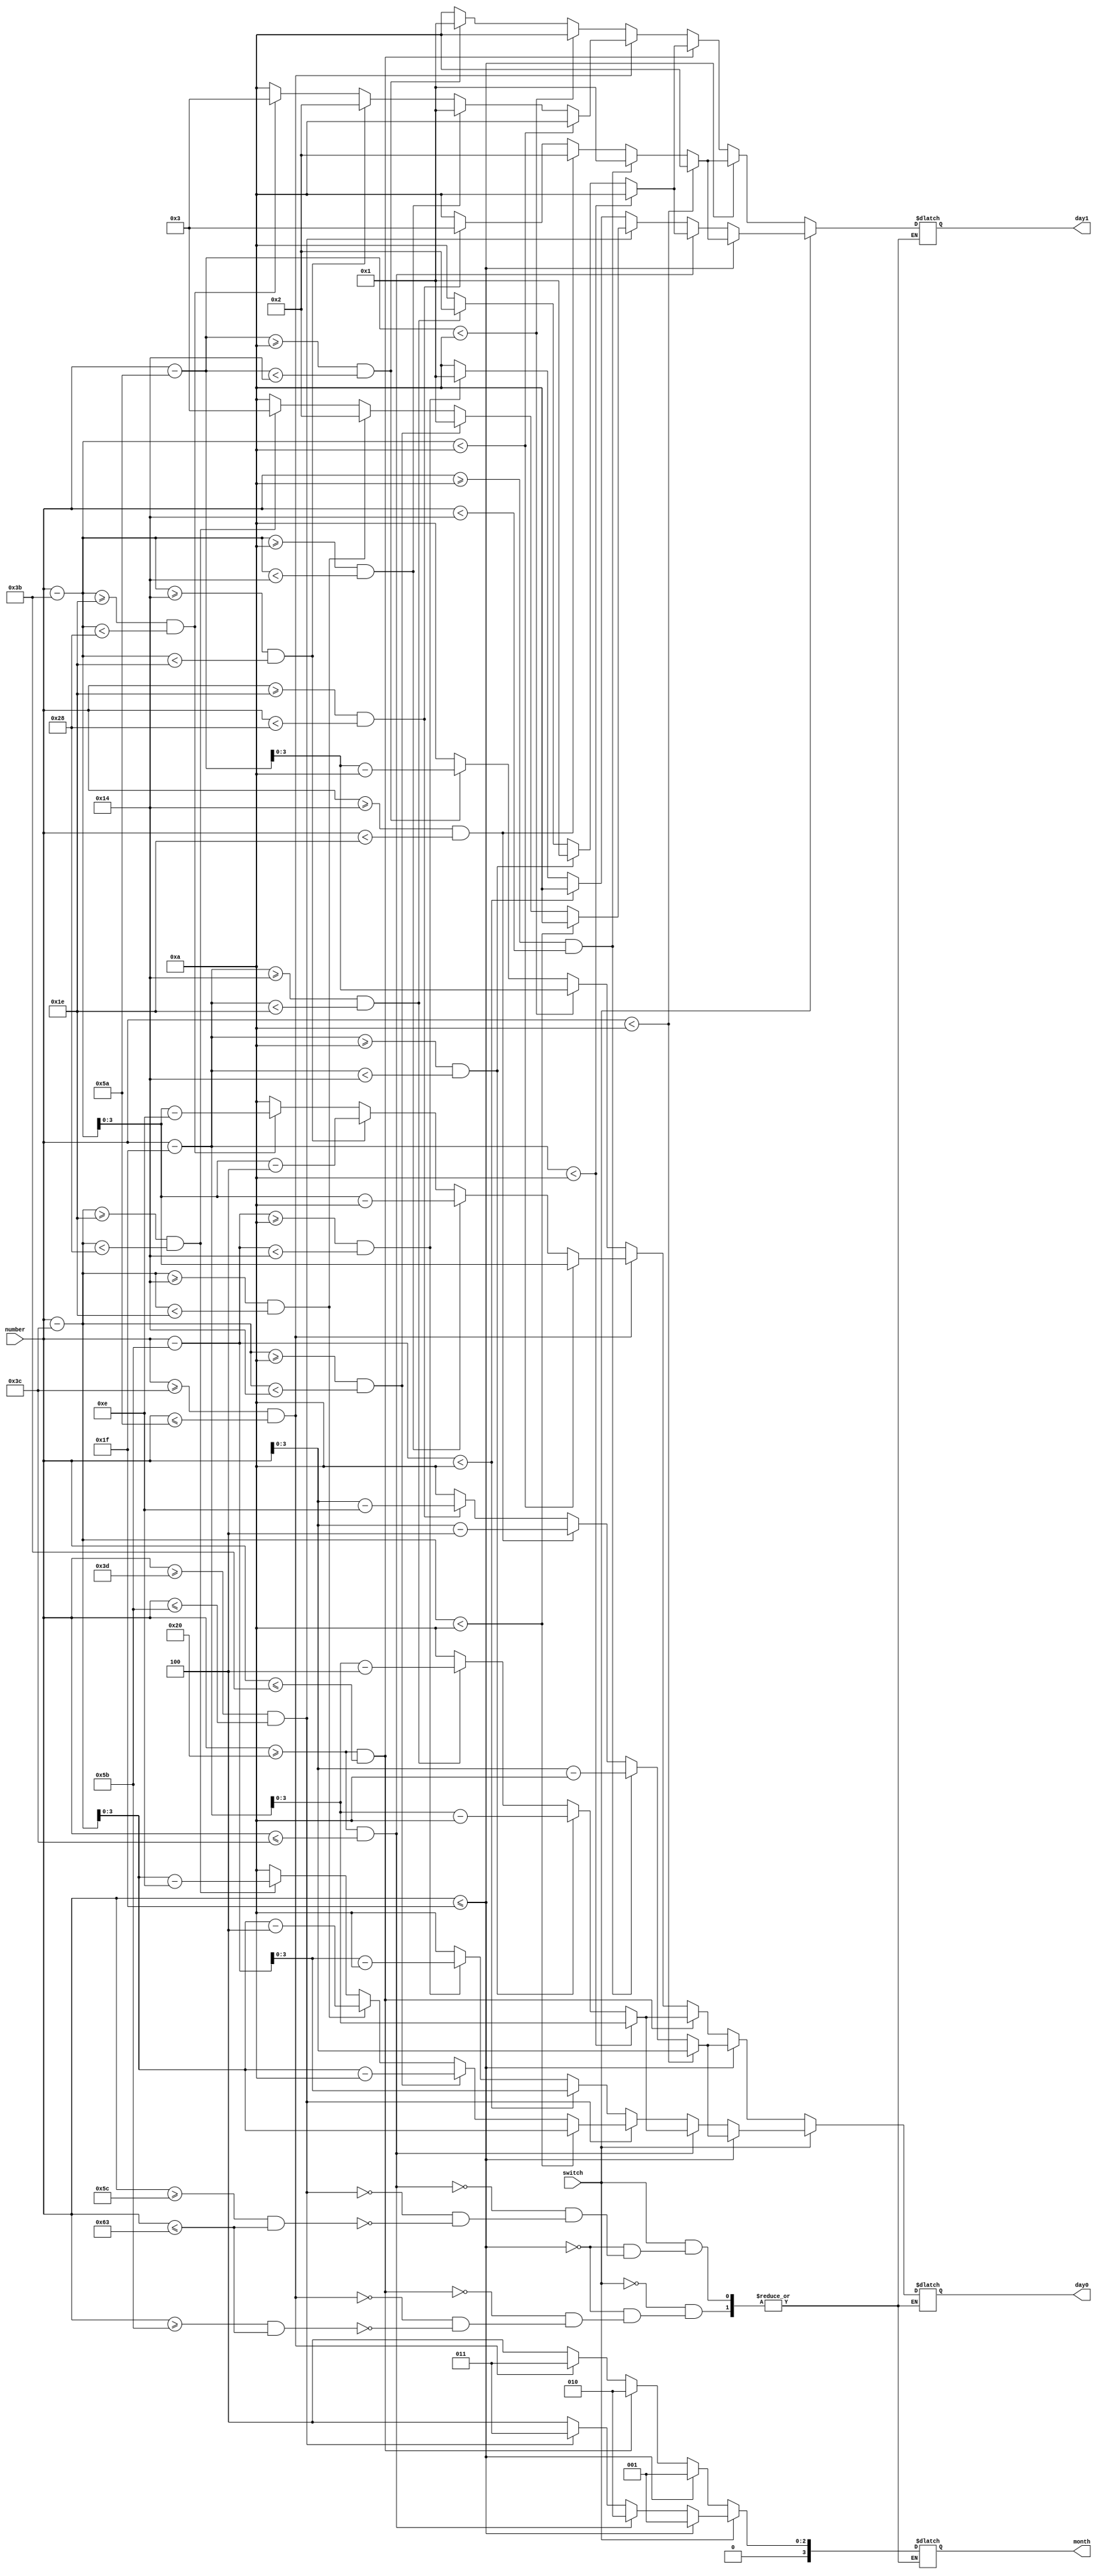
// joined digits --> number
// HEX2 driver --> month
// HEX1 driver --> day1
// HEX0 driver --> day0
// SW[9] --> switch
module translateDisplay(number, month, day1, day0, switch);

    input switch; // decides if leap year or not
    input [6:0] number; // needs to be 7 bits cause will hold 1 - 99
    output reg [3:0] month, day1, day0; // month == binary num to display on HEX2
                                    // day1 == binary num to display on HEX1 day2 == binary num to display on HEX0
    // used for Feb
    wire [6:0] numMinus1; // makes us able to subtract first 31 days off number // needs to be same size as num for it to work
    assign numMinus1 = number - 31;
    // used for March
    wire [6:0] numMinus2; // needs to be same size as num for it to work
    assign numMinus2 = number - 59;
    // used for April
    wire [6:0] numMinus3; // needs to be same size as num for it to work
    assign numMinus3 = number - 90;

    //need different numMinus2/3 for LEAP YEAR part
    // used for Feb
    wire [6:0] leapMinus1; // makes us able to subtract first 31 days off number // needs to be same size as num for it to work
    assign leapMinus1 = number - 31;
    // used for March
    wire [6:0] leapMinus2; // needs to be same size as num for it to work
    assign leapMinus2 = number - 60;
    // used for April
    wire [6:0] leapMinus3; // needs to be same size as num for it to work
    assign leapMinus3 = number - 91;

    always @(number) begin
        if(switch == 1'b0) begin // SWITCH OFF NOT LEAP YEAR
            if(number <= 31) begin
                // JANUARY
                month <= 1;
                if(number < 10) begin
                    // the single digits
                    day1 <= 4'b1010; // 10 will mean empty to the segment driver
                    day0 <= number;
                end
                else if(number >= 10 && number < 20) begin
                    // the teens
                    day1 <= 1'b1;
                    day0 <= number - 10;
                end
                else if(number >= 20 && number < 30) begin
                    // the twenties
                    day1 <= 2;
                    day0 <= number - 20;
                end
                else if(number >= 30 && number < 40) begin
                    // the thirties
                    day1 <= 3;
                    day0 <= number - 30;
                end
                else begin
                    // if we get to here, there's something wrong cause number should not be more than 31
                    day1 <= 10;
                    day0 <= 10; // sets both to OFF
                end
            end
            else if(number >= 32 && number <= 59) begin
                //FEBRUARY
                month <= 2;
                if(numMinus1 < 10) begin
                    // the single digits
                    day1 <= 4'b1010; // 10 will mean empty to the segment driver
                    day0 <= numMinus1;
                end
                else if(numMinus1 >= 10 && numMinus1 < 20) begin
                    // the teens
                    day1 <= 1'b1;
                    day0 <= numMinus1 - 10;
                end
                else if(numMinus1 >= 20 && numMinus1 < 30) begin
                    // the twenties
                    day1 <= 2;
                    day0 <= numMinus1 - 20;
                end
                else begin
                    // if we get to here, there's something wrong cause numMinus1 should not be more than 28
                    day1 <= 10;
                    day0 <= 10; // sets both to OFF
                end
            end
            else if(number >= 60 && number <= 90) begin
                // MARCH
                month <= 3;
                if(numMinus2 < 10) begin
                    // the single digits
                    day1 <= 4'b1010; // 10 will mean empty to the segment driver
                    day0 <= numMinus2;
                end
                else if(numMinus2 >= 10 && numMinus2 < 20) begin
                    // the teens
                    day1 <= 1'b1;
                    day0 <= numMinus2 - 10;
                end
                else if(numMinus2 >= 20 && numMinus2 < 30) begin
                    // the twenties
                    day1 <= 2;
                    day0 <= numMinus2 - 20;
                end
                else if(numMinus2 >= 30 && numMinus2 < 40) begin
                    // the thirties
                    day1 <= 3;
                    day0 <= numMinus2 - 30;
                end
                else begin
                    // if we get to here, there's something wrong cause numMinus2 should not be more than 31
                    day1 <= 10;
                    day0 <= 10; // sets both to OFF
                end
            end
            else if(number >= 91 && number <= 99) begin
                // APRIL
                month <= 4;
                if(numMinus3 < 10) begin
                    // the single digits
                    day1 <= 4'b1010; // 10 will mean empty to the segment driver
                    day0 <= numMinus3;
                end
                else if(numMinus3 >= 10 && numMinus3 < 20) begin
                    // the teens
                    day1 <= 1'b1;
                    day0 <= numMinus3 - 10;
                end
                else begin
                    // if we get to here, there's something wrong cause numMinus3 should not be more than 10
                    day1 <= 10;
                    day0 <= 10; // set's both to OFF
                end
            end
        end
        else begin // LEAP YEAR SWITCH ON
            if(number <= 31) begin
                // JANUARY
                month <= 1;
                if(number < 10) begin
                    // the single digits
                    day1 <= 4'b1010; // 10 will mean empty to the segment driver
                    day0 <= number;
                end
                else if(number >= 10 && number < 20) begin
                    // the teens
                    day1 <= 1'b1;
                    day0 <= number - 10;
                end
                else if(number >= 20 && number < 30) begin
                    // the twenties
                    day1 <= 2;
                    day0 <= number - 20;
                end
                else if(number >= 30 && number < 40) begin
                    // the thirties
                    day1 <= 3;
                    day0 <= number - 30;
                end
                else begin
                    // if we get to here, there's something wrong cause number should not be more than 31
                    day1 <= 10;
                    day0 <= 10; // sets both to OFF
                end
            end
            else if(number >= 32 && number <= 60) begin
                //FEBRUARY
                month <= 2;
                if(leapMinus1 < 10) begin
                    // the single digits
                    day1 <= 4'b1010; // 10 will mean empty to the segment driver
                    day0 <= numMinus1;
                end
                else if(leapMinus1 >= 10 && leapMinus1 < 20) begin
                    // the teens
                    day1 <= 1'b1;
                    day0 <= leapMinus1 - 10;
                end
                else if(leapMinus1 >= 20 && leapMinus1 < 30) begin
                    // the twenties
                    day1 <= 2;
                    day0 <= leapMinus1 - 20;
                end
                else begin
                    // if we get to here, there's something wrong cause numMinus1 should not be more than 28
                    day1 <= 10;
                    day0 <= 10; // sets both to OFF
                end
            end
            else if(number >= 61 && number <= 91) begin
                // MARCH
                month <= 3;
                if(leapMinus2 < 10) begin
                    // the single digits
                    day1 <= 4'b1010; // 10 will mean empty to the segment driver
                    day0 <= leapMinus2;
                end
                else if(leapMinus2 >= 10 && leapMinus2 < 20) begin
                    // the teens
                    day1 <= 1'b1;
                    day0 <= leapMinus2 - 10;
                end
                else if(leapMinus2 >= 20 && leapMinus2 < 30) begin
                    // the twenties
                    day1 <= 2;
                    day0 <= leapMinus2 - 20;
                end
                else if(leapMinus2 >= 30 && leapMinus2 < 40) begin
                    // the thirties
                    day1 <= 3;
                    day0 <= leapMinus2 - 30;
                end
                else begin
                    // if we get to here, there's something wrong cause numMinus2 should not be more than 31
                    day1 <= 10;
                    day0 <= 10; // sets both to OFF
                end
            end
            else if(number >= 92 && number <= 99) begin
                // APRIL
                month <= 4;
                if(leapMinus3 < 10) begin
                    // the single digits
                    day1 <= 4'b1010; // 10 will mean empty to the segment driver
                    day0 <= leapMinus3;
                end
                else if(leapMinus3 >= 10 && leapMinus3 < 20) begin
                    // the teens
                    day1 <= 1'b1;
                    day0 <= leapMinus3 - 10;
                end
                else begin
                    // if we get to here, there's something wrong cause numMinus3 should not be more than 10
                    day1 <= 10;
                    day0 <= 10; // set's both to OFF
                end
            end
        end
    end

endmodule